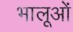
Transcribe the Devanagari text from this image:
भालूओंं